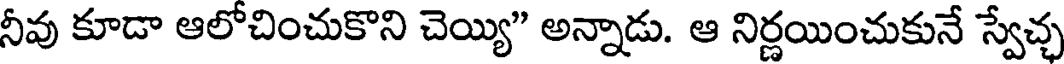
నీవు కూడా ఆలోచించుకొని చెయ్యి" అన్నాడు. ఆ నిర్ణయించుకునే స్వేచ్ఛ